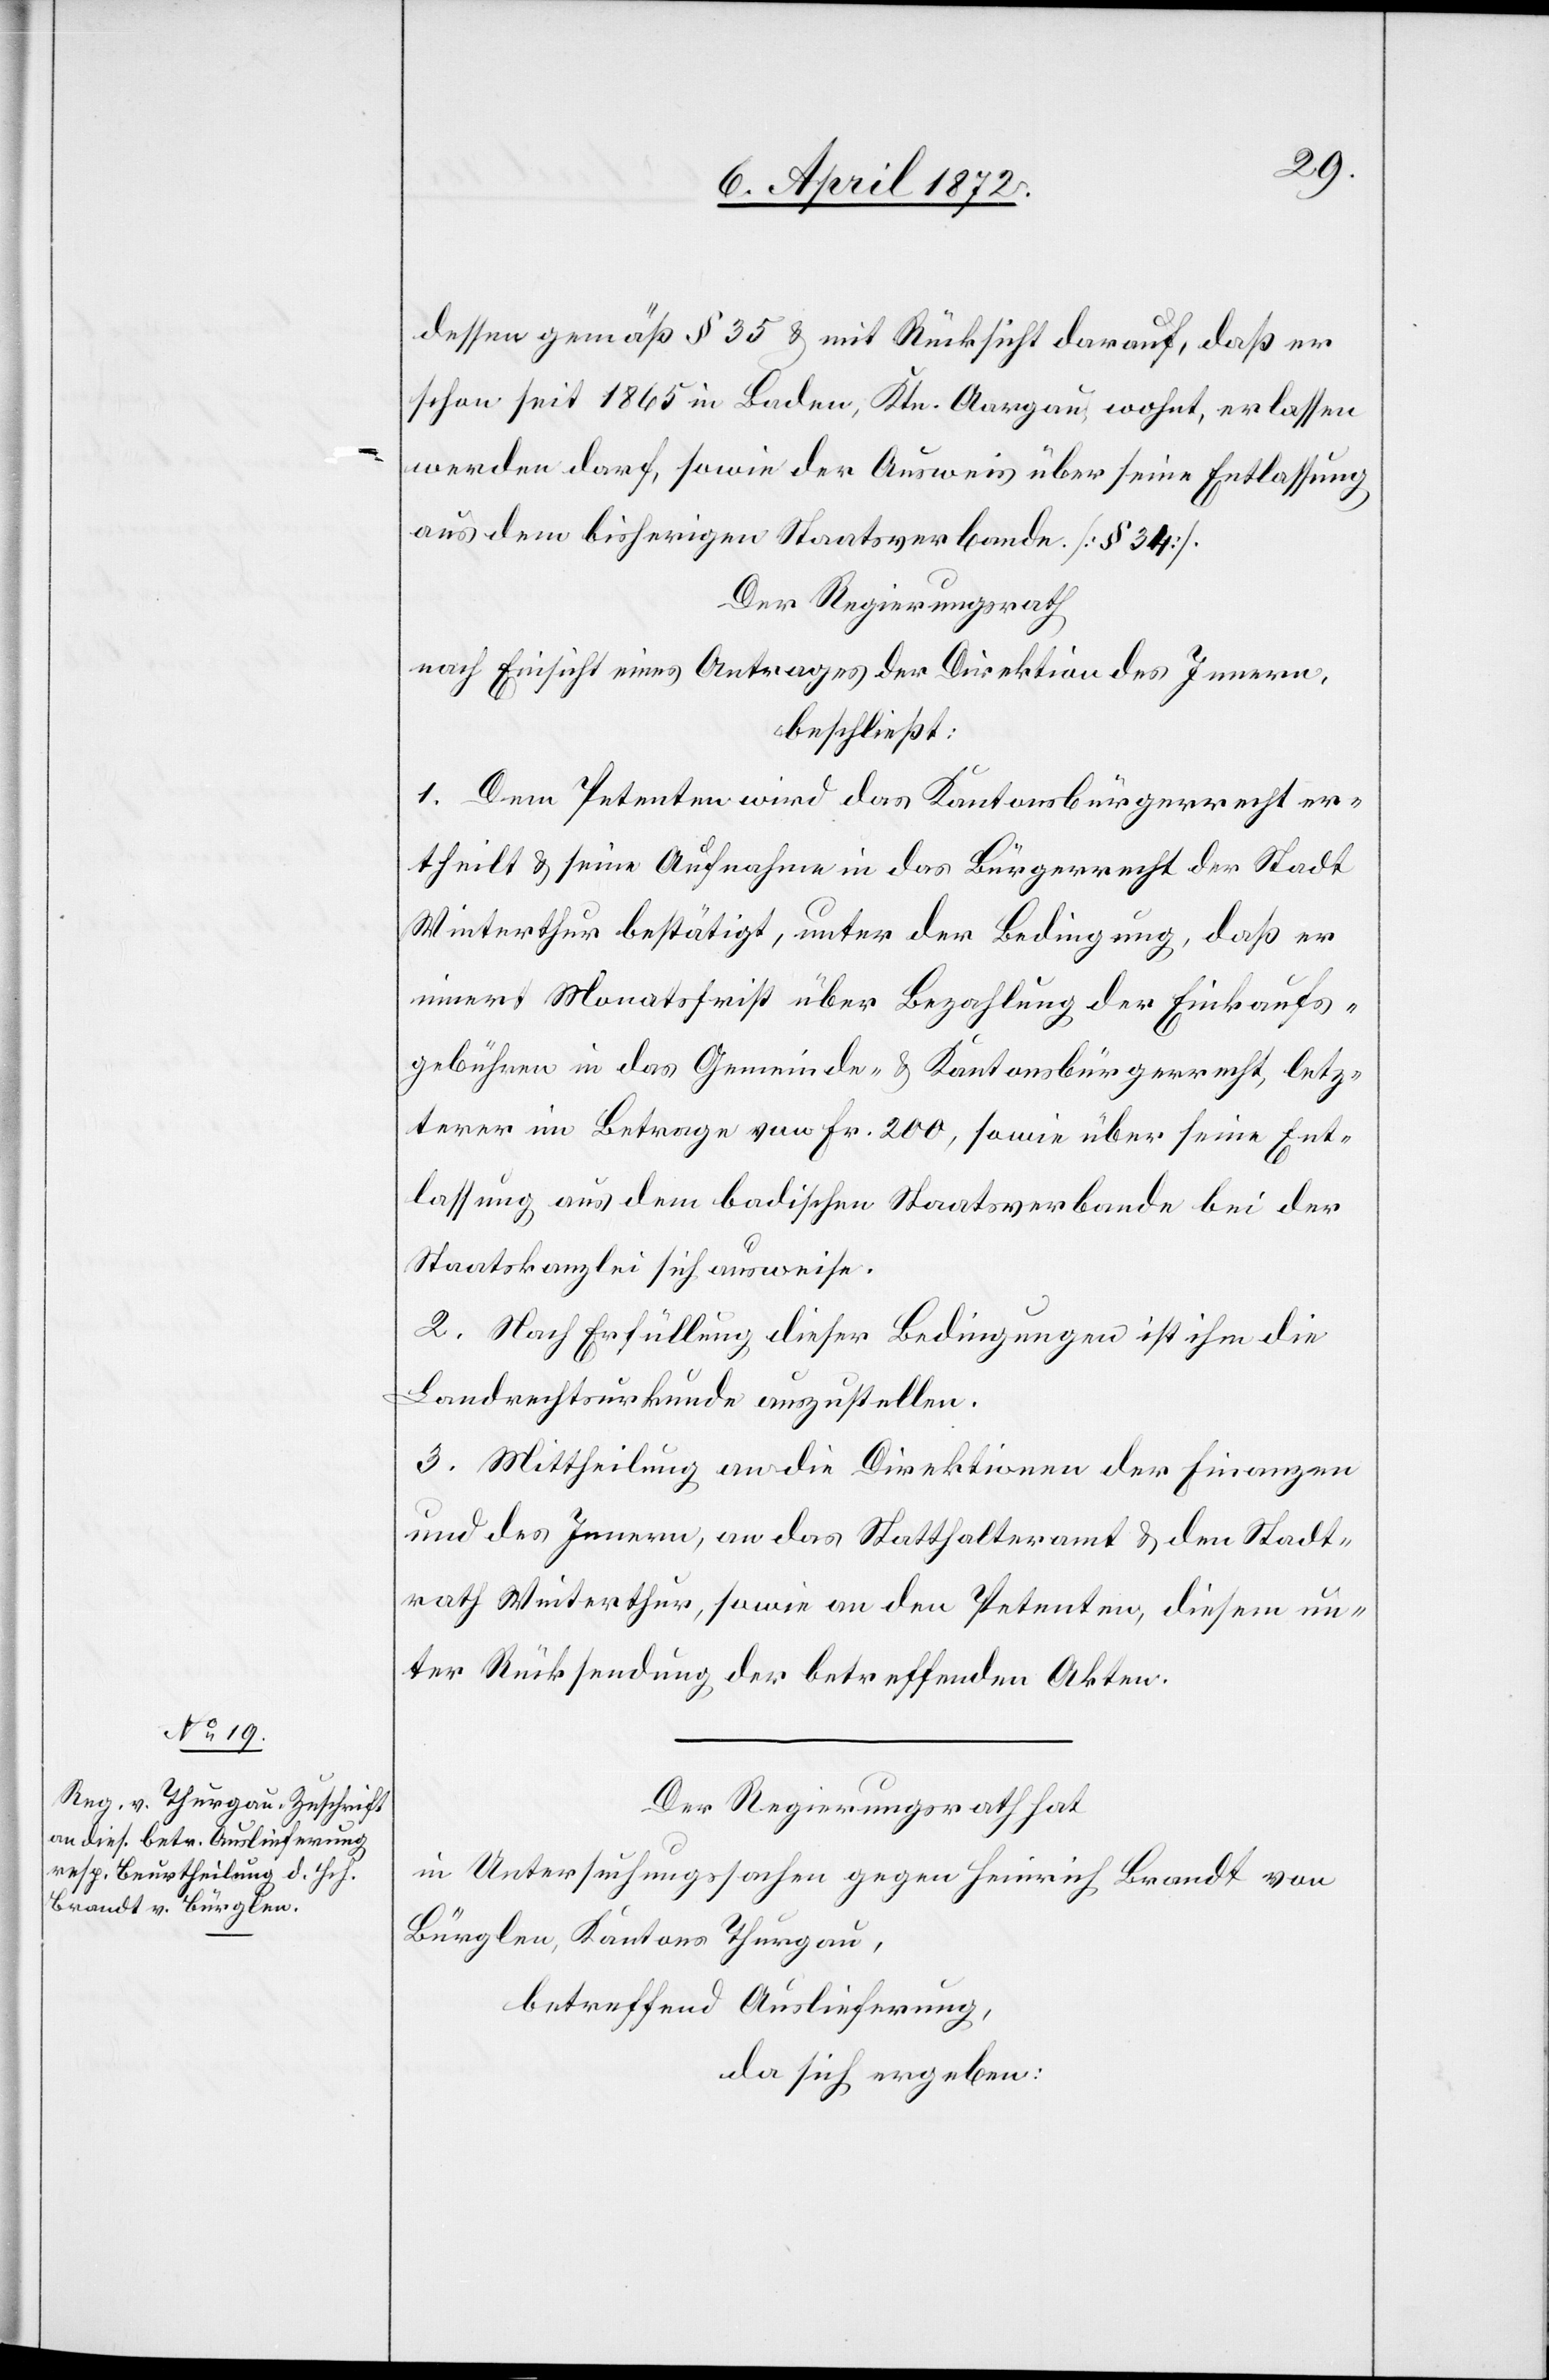
dessen gemäß § 35 u. mit Rücksicht darauf, daß er
schon seit 1865 in Baden, Ktn. Aargau, wohnt erlassen
werden darf, sowie der Ausweis über seine Entlassung
aus dem bisherigen Staatsverbande. [§ 34].
Der Regierungsrath,
nach Einsicht eines Antrages der Direktion des Innern,
beschließt:
1. Dem Petenten wird das Kantonsbürgerrecht er¬
theilt u. seine Aufnahme in das Bürgerrecht der Stadt
Winterthur bestätigt, unter der Bedingung, daß er
innert Monatsfrist über Bezahlung der Einkaufsge¬
bühren im Betrage von Fr. 200, sowie über seine Ent¬
lassung aus dem badischen Staatsverbande bei der
Staatskanzlei sich ausweise.
2. Nach Erfüllung dieser Bedingungen ist ihm die
Landrechtsurkunde auszustellen.
3. Mittheilung an die Direktionen der Finanzen
und des Innern, an das Statthalteramt u. den Stadt¬
rath Winterthur, sowie an den Petenten, diesem un¬
ter Rücksendung der betreffenden Akten.
Der Regierungsrath hat
in Untersuchungssachen gegen Heinrich Brandt von
Bürglen, Kantons Thurgau,
betreffend Auslieferung,
da sich ergeben: